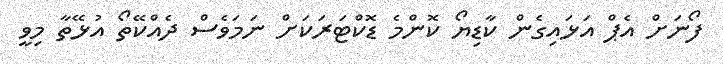
ފޯނަށް އެޕް އަޅައިގެން ކާޑިޔޯ ކޮންމެ ޑޮކްޓަރަކަށް ނަމަވެސް ދެއްކޭތޯ އުޅޭތާ މިވީ